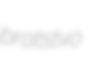
bratstvo